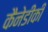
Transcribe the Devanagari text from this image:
कैनेडीकी